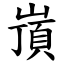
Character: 嵿